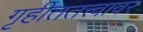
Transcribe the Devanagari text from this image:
गृहीततत्त्वावर